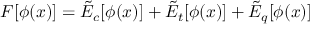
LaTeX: { \cal F } [ \phi ( x ) ] = \tilde { \cal E } _ { c } [ \phi ( x ) ] + \tilde { \cal E } _ { t } [ \phi ( x ) ] + \tilde { \cal E } _ { q } [ \phi ( x ) ]